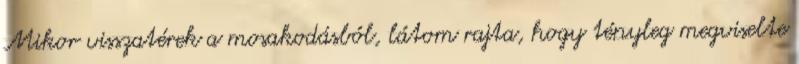
Mikor visszatérek a mosakodásból, látom rajta, hogy tényleg megviselte